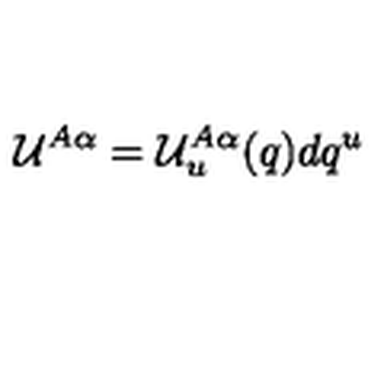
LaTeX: { \mathcal U } ^ { A \alpha } = { \mathcal U } _ { u } ^ { A \alpha } ( q ) d q ^ { u }